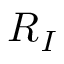
{ \boldsymbol { R } } _ { I }